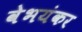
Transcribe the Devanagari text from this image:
वेभयंकर